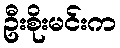
ဦးစိုးမင်းက